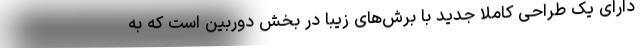
دارای یک طراحی کاملا جدید با برش‌های زیبا در بخش دوربین است که به